Plague in India, 1896, 1897 - Volume 1
Year: 1896
Disease focus: Plague
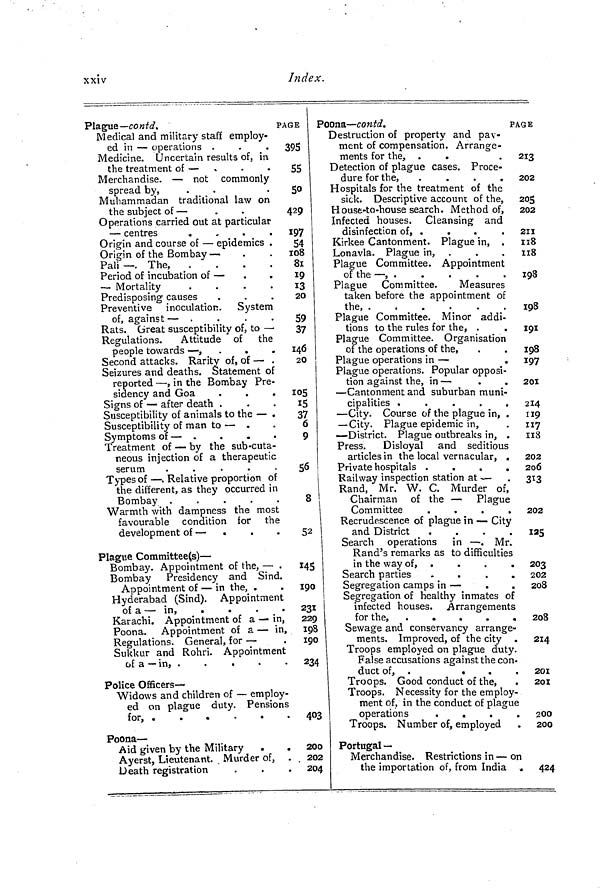
xxiv
Index.
Plague— co
ntd.
PA
Medical and military staff employ-
ed in — operations .
Medicine. Uncertain results of, in
the treatment of —
Merchandise. — not commonly
spread by,
Muhammadan traditional law on
the subject of —
Operations carried out at particular
— centres
,
Origin and course of — epidemics .
Origin of the Bombay — •
Pali ~. The,
Period of incubation of —
Mortality
Predisposing causes
Preventive inoculation. System
of, against — .
Rats. Great susceptibility of, to —
Regulations.
Attitude of the
people towards — , .
.
Second attacks. Rarity of, of — .
Seizures and deaths. Statement of
reported — , in the Bombay Pre-
sidency and Goa
.
.
.
Signs of — after death .
Susceptibility of animals to the — .
Susceptibility of man to — .
Symptoms of — .
Treatment of — by the sub -cuta-
neous injection of a therapeutic
serum
.
.
.
.
.
Types of — . Relative proportion of
the different, as they occurred in
Bombay .
.
.
.
.
Warmth with dampness the most
favourable condition for the
development of — .
Plague Committee(s) —
Bombay. Appointment of the, — .
Bombay Presidency and Sind.
Appointment of — in the, .
Hyderabad (Sind). Appointment
of a — in,
.
.
.
Karachi. Appointment of a — in,
Poona. Appointment of a — in,
Regulations. General, for —
Sukkur and Rohri. Appointment
c^£ £ _ in* •
«
•
•
•
Police Officers —
Widows and children of — employ-
ed on plague duty. Pensions
for, .
.
.
.
.
.
Poona —
Aid given by the Military .
.
Ayerst, Lieutenant. Murder of.
Death registration
IGE
1
395
55
50
429
197
54
108
81
19
13
20
59
37
146
20
105
15
37
6
9
56
8
52
145
190
231
229
198
190
234 T
403
200
202
204
oona — contd.
PA
Destruction of property and pay-
ment of compensation. Arrange-
ments for the, .
.
Detection of plague cases. Proce-
dure for the,
.
.
.
.
Hospitals for the treatment of the
sick. Descriptive account of the,
House-to-house search. Method of,
Infected houses. Cleansing and
disinfection of, .
Kirkee Cantonment. Plague in, .
Lonavla. Plague in,
Plague Committee. Appointment
of the —,
Plague Committee.
Measures
taken before the appointment of
the,
Plague Committee. Minor addi-
tions to the rules for the, .
Plague Committee. Organisation
of the operations of the,
Plague operations in —
.
Plague operations. Popular opposi-
tion against the, in —
— Cantonment and suburban muni-
cipalities .
.
.
.
.
— City. Course of the plague in, .
— City. Plague epidemic in,
—District. Plague outbreaks in, ,
Press. Disloyal and seditious
articles in the local vernacular, .
Private hospitals .
.
.
.
Railway inspection station at —
Rand, Mr. W. C. Murder of,
Chairman of the — Plague
Committee
.
.
.
Recrudescence of plague in — City
and District
.
.
.
.
Search operations in — . Mr.
Rand's remarks as to difficulties
in the way of , .
.
.
.
Search parties
.
Segregation camps in —
Segregation of healthy inmates of
infected houses. Arrangements
for the,
.
.
.
Sewage and conservancy arrange-
ments. Improved, of the city .
Troops employed on plague duty.
False accusations against the con-
duct of, .
.
.
.
Troops. Good conduct of the,
Troops. Necessity for the employ-
ment of, in the conduct of plague
operations
.
.
.
.
Troops. Number of, employed
Portugal —
Merchandise. Restrictions in — on
the importation of, from India .
GE
213
202
20S
202
211
118
118
198
198
191
198
197
201
214
119
117
118
202
2o6
313
202
«5
203
202
208
208
214
201
201
200
200
424